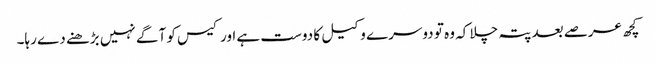
کچھ عرصے بعد پتہ چلا کہ وہ تو دوسرے وکیل کا دوست ہے اور کیس کو آگے نہیں بڑھنے دے رہا۔